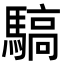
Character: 䮦